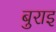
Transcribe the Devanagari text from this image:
बुराइ